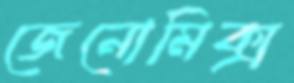
জেনোমিক্স